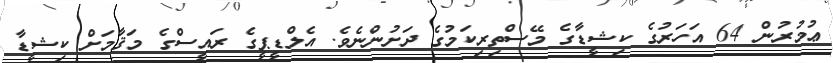
ޢުމުރުން 64 އަހަރުގެ ކިޝީޑާގެ މޭސްތިރިކަމުގެ ދަށުންނެވެ. އެލްޑީޕީގެ ރައީސްގެ މަޤާމަށް ކިޝީޑާ